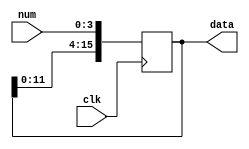
module display_shift(
  input clk,
  input [3:0]num,

  output reg [15:0]data
);

always @(posedge clk) begin
	data[15:4] <= data[11:0];
	data[3:0] <= num;
end


endmodule